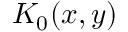
K _ { 0 } ( x , y )